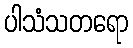
ပါသံသတရော